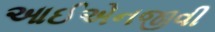
આઈએનજીવી